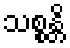
သစ္စန္တိ